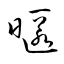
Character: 暱